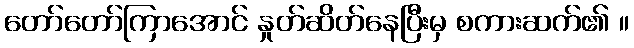
တော်တော်ကြာအောင် နှုတ်ဆိတ်နေပြီးမှ စကားဆက်၏ ။